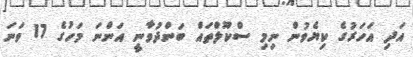
އަދި އަހަރުގެ ކިޔެވުން ނިމި ސްކޫލްތައް ބަންދުވާނީ އަންނަ މަހުގެ 17 ވަނަ